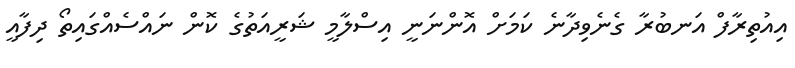
އިއުތިރާފް އަނބުރާ ގެނެވިދާނެ ކަމަށް އޮންނަނީ އިސްލާމީ ޝަރީއަތުގެ ކޮން ނައްސެއްގައިތޯ ދިފާއީ